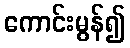
ကောင်းမွန်၍